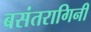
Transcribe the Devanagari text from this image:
बसंतरागिनी